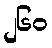
၂၆၀